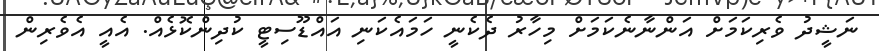
ނަޝީދު ވެރިކަމަށް އަންނާނެކަމަށް މިހާރު ދެކެނީ ހަމައެކަނި އައްޑޫސިޓީ ކުދިންކޮޅެއް. އެއީ އެވެރިން